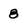
Character: 8